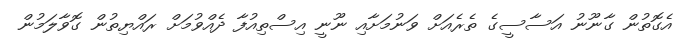
އެގޮތުން ގާނޫނު އަސާސީގެ ތެރެއަށް ވަނުމަށާއި ނޫނީ އިސްތިއުފާ ދެއްވުމަށް ރައްޔިތުން ގޮވާލަމުން